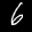
Label: 6